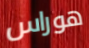
هوراس